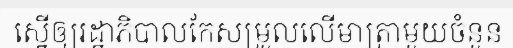
ស្នើឲ្យរដ្ឋាភិបាលកែសម្រួលលើមាត្រាមួយចំនួន